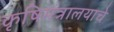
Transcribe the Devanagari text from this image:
कृषिमंत्रालयाचे